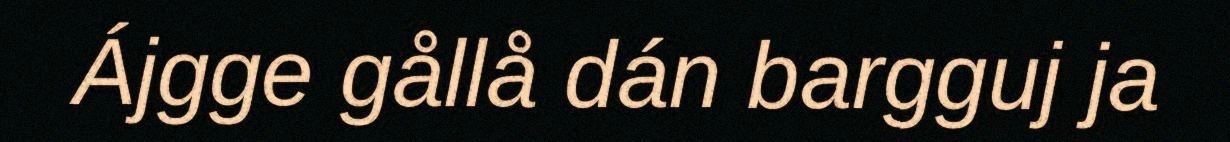
Ájgge gållå dán bargguj ja